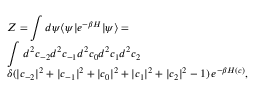
\begin{array} { l } { \displaystyle { \cal Z } = \int d \psi \langle \psi | e ^ { - \beta H } | \psi \rangle = } \\ { \displaystyle \int \, d ^ { 2 } c _ { - 2 } d ^ { 2 } c _ { - 1 } d ^ { 2 } c _ { 0 } d ^ { 2 } c _ { 1 } d ^ { 2 } c _ { 2 } \, } \\ { \displaystyle \delta ( | c _ { - 2 } | ^ { 2 } + | c _ { - 1 } | ^ { 2 } + | c _ { 0 } | ^ { 2 } + | c _ { 1 } | ^ { 2 } + | c _ { 2 } | ^ { 2 } - 1 ) \, e ^ { - \beta H ( c ) } , } \end{array}